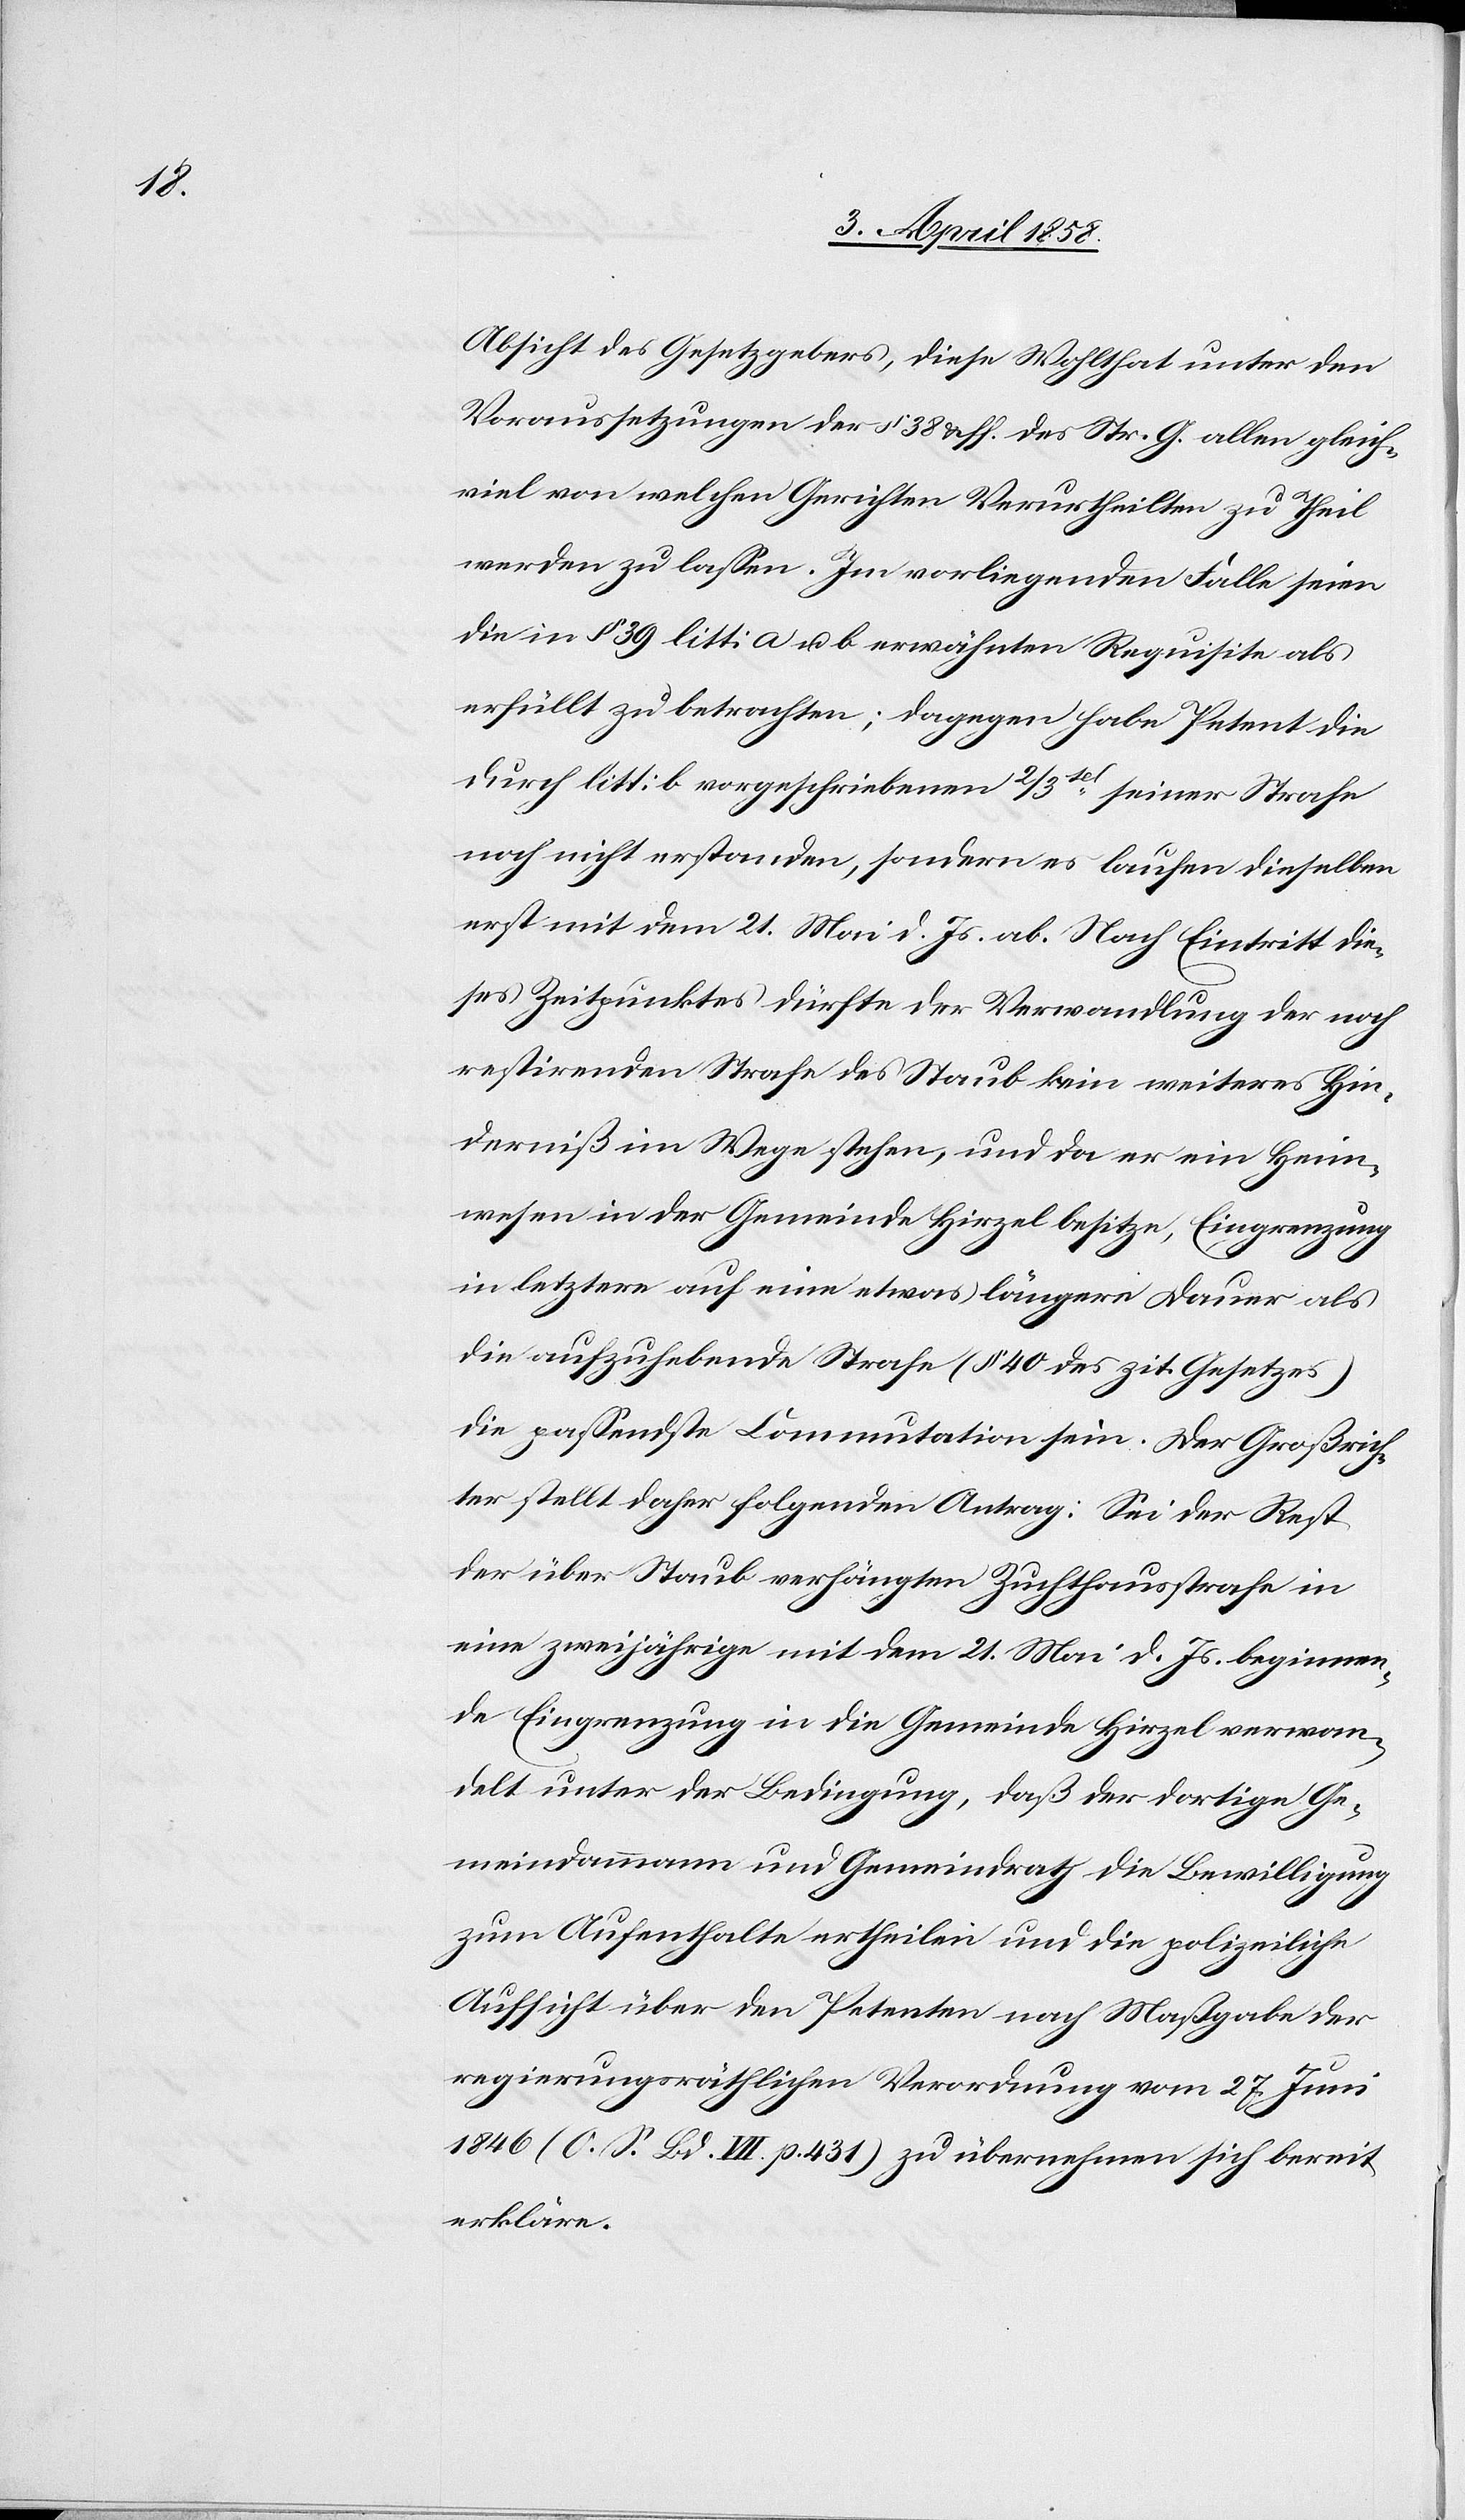
Absicht des Gesetzgebers, diese Wohlthat unter den
Vorrausetzungen der § 38 uff. des Str. G. allen gleich¬
viel von welchen Gerichten Verurtheilten zu Theil
werden zu lassen. Im vorliegenden Falle seien
die in § 39 litt. a u. b. erwähnten Requisite als
erfüllt zu betrachten; dagegen habe Petent die
durch Litt. b vorgeschriebenen 2/3tel seiner Strafe
noch nicht erstanden, sondern es laufen dieselben
erst mit dem 21. Mai d. Js. ab. Nach Eintritt die¬
ses Zeitpunktes dürfte der Verwandlung der noch
restirenden Strafe des Staub kein weiteres Hin¬
derniß im Wege stehen, und da er ein Heim¬
wesen in der Gemeinde Hirzel besitze, Eingrenzung
in letztere auf eine etwas längere Dauer als
die aufzuhebende Strafe (§ 40 des zit. Gesetzes)
die passendste Commutation sein. Der Großrich¬
ter stellt daher folgenden Antrag: Sei der Rest
der über Staub verhängten Zuchthausstrafe in
eine zweijährige mit dem 21. Mai d. Js. beginnen¬
de Eingrenzung in die Gemeinde Hirzel verwan¬
delt unter der Bedingung, daß der dortige Ge¬
meindammann und Gemeindrath die Bewilligung
zum Aufenthalte ertheilen und die polizeiliche
Aufsicht über den Petenten nach Maßgabe der
regierungsräthlichen Verordnung vom 27. Juni
1846 (O. S. Bd. VII. p. 431) zu übernehmen sich bereit
erkläre.